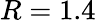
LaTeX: R=1.4